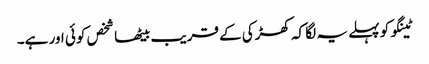
ٹینگو کو پہلے یہ لگا کہ کھڑکی کے قریب بیٹھا شخص کوئی اور ہے۔